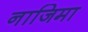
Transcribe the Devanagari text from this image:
नाजिमा